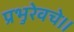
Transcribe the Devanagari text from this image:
प्रभुरेवचे।।